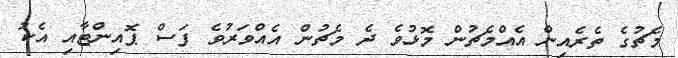
މެޗުގެ ތެރެއިން އެއްމެޗުން މޮޅުވެ ދެ މެޗުން އެއްވަރުވެ ފަސް ޕޮއިންޓާއި އެކު